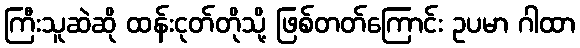
ကြီးသူဆဲဆို ထန်းငုတ်တိုသို့ ဖြစ်တတ်ကြောင်း ဥပမာ ဂါထာ